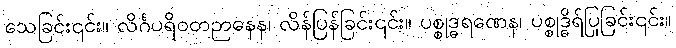
သေခြင်း၎င်း။ လိင်္ဂပရိဝတဉာနေန၊ လိန်ပြန်ခြင်း၎င်း။ ပစ္စုဒ္ဓရဏေန၊ ပစ္စုဒ္ဓိရ်ပြုခြင်း၎င်း။